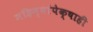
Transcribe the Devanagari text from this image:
महिन्यांपेक्षाही